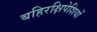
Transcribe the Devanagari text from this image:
बहिरक्षिपेशियों